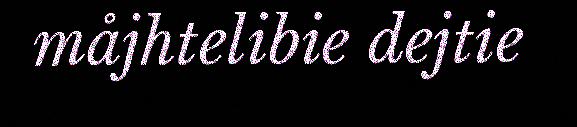
måjhtelibie dejtie